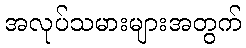
အလုပ်သမားများအတွက်